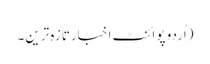
(اُردو پوائنٹ اخبارتازہ ترین۔